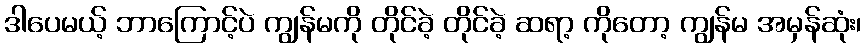
ဒါပေမယ့် ဘာကြောင့်ပဲ ကျွန်မကို တိုင်ခဲ့ တိုင်ခဲ့ ဆရာ့ ကိုတော့ ကျွန်မ အမှန်ဆုံး၊